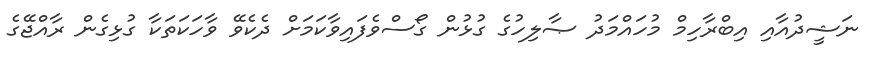
ނަޝީދުއާއި އިބްރާހިމް މުހައްމަދު ޞާލިހުގެ ގުޅުން ގޯސްވެފައިވާކަމަށް ދެކެވޭ ވާހަކަތަކާ ގުޅިގެން ރާއްޖޭގެ